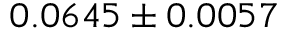
0 . 0 6 4 5 \pm 0 . 0 0 5 7